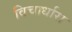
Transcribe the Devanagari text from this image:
विचार्धारा